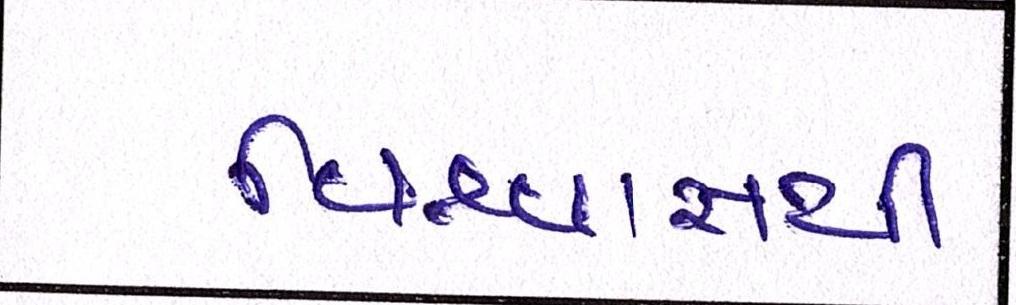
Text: વિશ્વાસથી